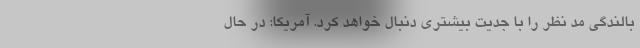
بالندگی مد نظر را با جدیت بیشتری دنبال خواهد کرد. آمریکا: در حال